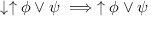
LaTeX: \downarrow \uparrow \phi \lor \psi \implies \uparrow \phi \lor \psi